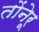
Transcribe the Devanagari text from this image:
तोंनेरू